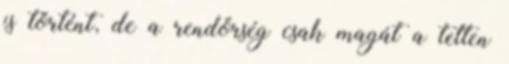
is történt, de a rendőrség csak magát a tetten